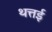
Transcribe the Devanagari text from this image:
थत्तई